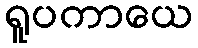
ရူပကာယေ